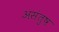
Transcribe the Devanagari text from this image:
असंतुष